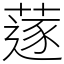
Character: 蓫